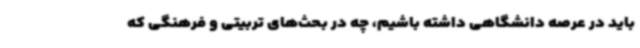
باید در عرصه دانشگاهی داشته باشیم، چه در بحث‌های تربیتی و فرهنگی که